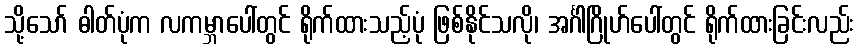
သို့သော် ဓါတ်ပုံက လကမ္ဘာပေါ်တွင် ရိုက်ထားသည့်ပုံ ဖြစ်နိုင်သလို၊ အင်္ဂါဂြိုဟ်ပေါ်တွင် ရိုက်ထားခြင်းလည်း